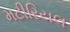
મટીરિયલ